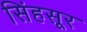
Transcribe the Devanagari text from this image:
सिंहसूर